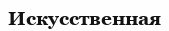
Искусственная